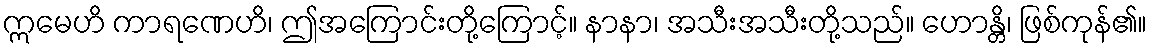
ဣမေဟိ ကာရဏေဟိ၊ ဤအကြောင်းတို့ကြောင့်။ နာနာ၊ အသီးအသီးတို့သည်။ ဟောန္တိ၊ ဖြစ်ကုန်၏။